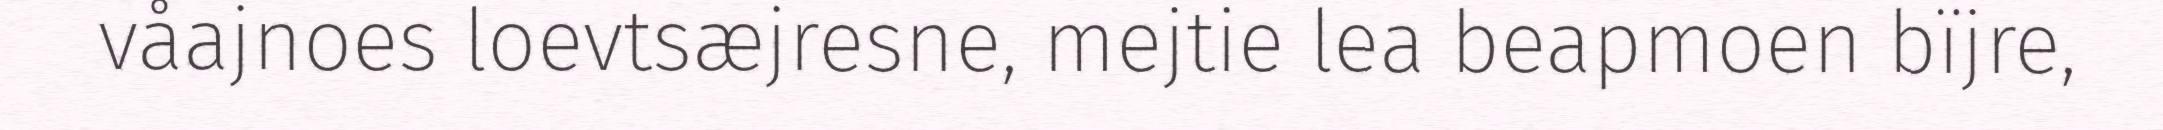
våajnoes loevtsæjresne, mejtie lea beapmoen bïjre,